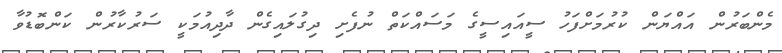
މެންބަރުން އައްޔަން ކުރުމަށްފަހު ސީއައިސީގެ މަސައްކަތް ނުފެށި ދިގުލައިގެން ދާދިއުމަކީ ސަރުކާރުން ކަންބޮޑުވާ